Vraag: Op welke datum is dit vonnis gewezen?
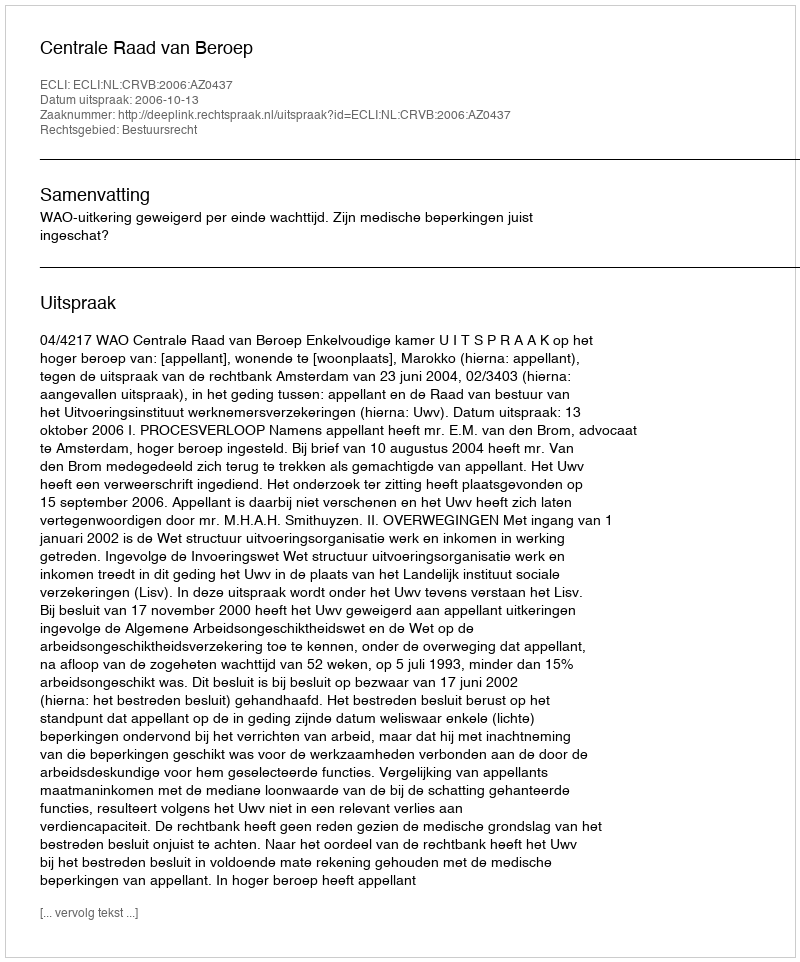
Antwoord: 2006-10-13